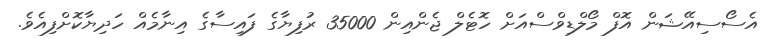
އެސޯސިއޭޝަން އޮފް މޯލްޑިވްސްއަށް ހޮޓެލް ޖެންއިން 35000 ރުފިޔާގެ ފައިސާގެ އިނާމެއް ހަދިޔާކޮށްފިއެވެ.